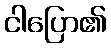
ငါပြော၏